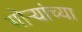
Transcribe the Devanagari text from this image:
गोर्‍यांच्या